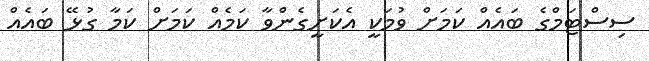
ސިސްޓަމްގެ ބައެއް ކަމަށް ވުމަކީ އެކަށީގެންވާ ކަމެއް ކަމަށް ކަމާ ގުޅޭ ބައެއް